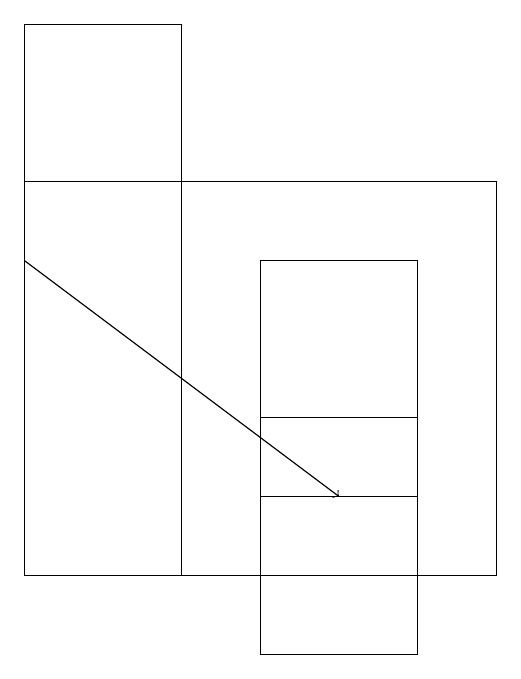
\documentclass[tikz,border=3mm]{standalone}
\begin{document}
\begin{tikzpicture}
\draw (3,10) rectangle (5,13);
\draw (5,12) rectangle (3,15);
\draw (2,11) rectangle (0,18);
\draw[->] (0,15) -- (4,12);
\draw (0,11) rectangle (6,16);
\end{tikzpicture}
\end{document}